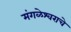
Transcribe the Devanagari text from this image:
मंगळेश्वराचे